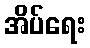
အိပ်ရေး